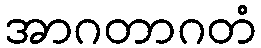
အာဂတာဂတံ